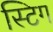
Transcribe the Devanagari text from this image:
स्टिग